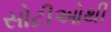
સોટીઓથી